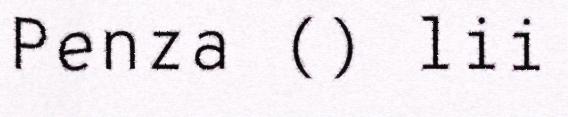
Penza () lii